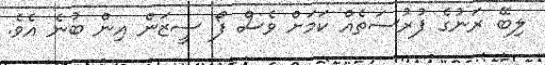
ލިބޭ ރަނުގެ ފުރުސަތެއް ކަމަށް ވެސް ފޯ ސީޒަން އިން ބުނެ އެވެ.